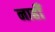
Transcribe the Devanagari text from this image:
नाहीँ